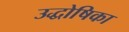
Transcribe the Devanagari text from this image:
उद्धोषिका